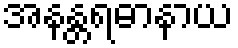
အနန္တရဓာနာယ